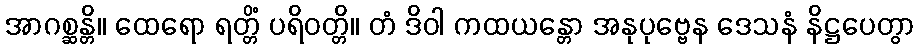
အာဂစ္ဆန္တိ။ ထေရော ရတ္တိံ ပရိဝတ္တိ။ တံ ဒိဝါ ကထယန္တော အနုပုဗ္ဗေန ဒေသနံ နိဋ္ဌပေတွာ